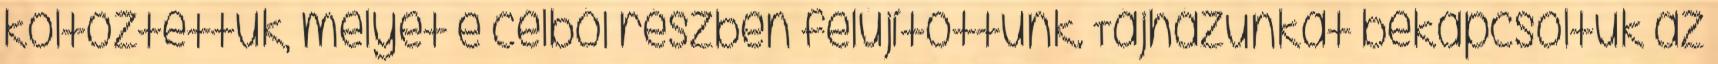
költöztettük, melyet e célból részben felújítottunk. Tájházunkat bekapcsoltuk az